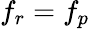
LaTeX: f_{r}=f_{p}